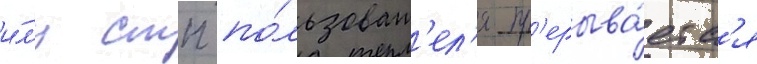
и́л'и стп по́льзоват'ел'я пр'ерыва́етс'я